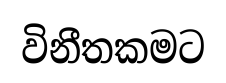
විනීතකමට